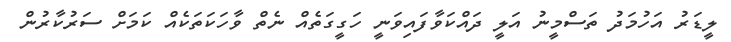
ލީޑަރު އަހުމަދު ތަސްމީނު އަލީ ދައްކަވާފައިވަނީ ހަގީގަތެއް ނެތް ވާހަކަތަކެއް ކަމަށް ސަރުކާރުން